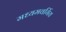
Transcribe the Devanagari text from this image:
मध्यमवर्गिय